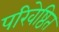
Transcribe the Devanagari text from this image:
परिवेष्ठित